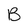
Character: B